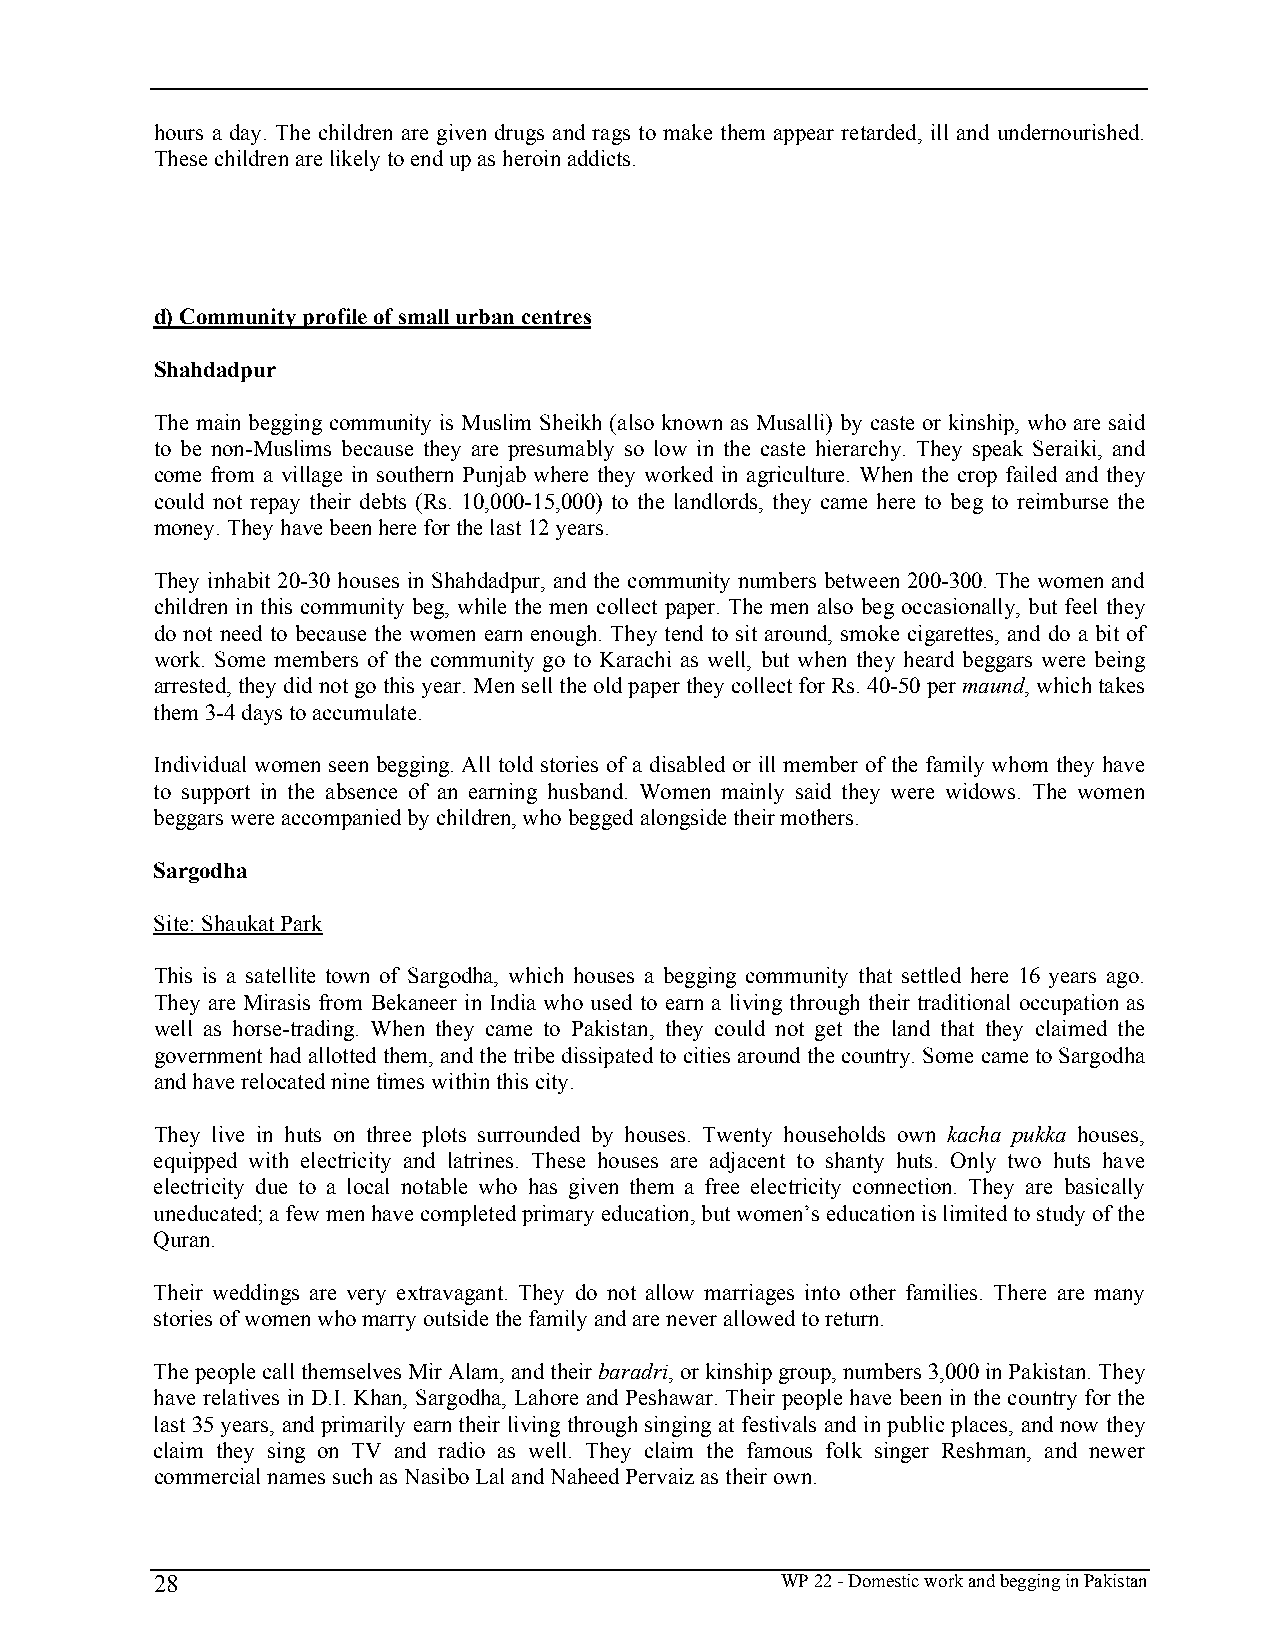
hours a day. The children are given drugs and rags to make them appear retarded, ill and undernourished.
 These children are likely to end up as heroin addicts.
 d) Community profile of small urban centres
 Shahdadpur
 The main begging community is Muslim Sheikh (also known as Musalli) by caste or kinship, who are said
 to be non-Muslims because they are presumably so low in the caste hierarchy. They speak Seraiki, and
 come from a village in southern Punjab where they worked in agriculture. When the crop failed and they
 could not repay their debts (Rs. 10,000-15,000) to the landlords, they came here to beg to reimburse the
 money. They have been here for the last 12 years.
 They inhabit 20-30 houses in Shahdadpur, and the community numbers between 200-300. The women and
 children in this community beg, while the men collect paper. The men also beg occasionally, but feel they
 do not need to because the women earn enough. They tend to sit around, smoke cigarettes, and do a bit of
 work. Some members of the community go to Karachi as well, but when they heard beggars were being
 arrested, they did not go this year. Men sell the old paper they collect for Rs. 40-50 per maund, which takes
 them 3-4 days to accumulate.
 Individual women seen begging. All told stories of a disabled or ill member of the family whom they have
 to support in the absence of an earning husband. Women mainly said they were widows. The women
 beggars were accompanied by children, who begged alongside their mothers.
 Sargodha
 Site: Shaukat Park
 This is a satellite town of Sargodha, which houses a begging community that settled here 16 years ago.
 They are Mirasis from Bekaneer in India who used to earn a living through their traditional occupation as
 well as horse-trading. When they came to Pakistan, they could not get the land that they claimed the
 government had allotted them, and the tribe dissipated to cities around the country. Some came to Sargodha
 and have relocated nine times within this city.
 They live in huts on three plots surrounded by houses. Twenty households own kacha pukka houses,
 equipped with electricity and latrines. These houses are adjacent to shanty huts. Only two huts have
 electricity due to a local notable who has given them a free electricity connection. They are basically
 uneducated; a few men have completed primary education, but women’s education is limited to study of the
 Quran.
 Their weddings are very extravagant. They do not allow marriages into other families. There are many
 stories of women who marry outside the family and are never allowed to return.
 The people call themselves Mir Alam, and their baradri, or kinship group, numbers 3,000 in Pakistan. They
 have relatives in D.I. Khan, Sargodha, Lahore and Peshawar. Their people have been in the country for the
 last 35 years, and primarily earn their living through singing at festivals and in public places, and now they
 claim they sing on TV and radio as well. They claim the famous folk singer Reshman, and newer
 commercial names such as Nasibo Lal and Naheed Pervaiz as their own.
 28                                        WP 22 - Domestic work and begging in Pakistan